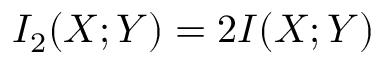
I _ { 2 } ( X ; Y ) = 2 I ( X ; Y )